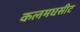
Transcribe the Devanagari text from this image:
कलमघसीट